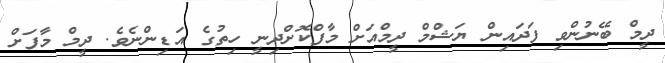
ދީމް ބޭނުންވި ފަދައިން ޔަޝްމް ދީމްއަށް މާފްކޮށްދިނީ ހިތުގެ އަޑިންނެވެ. ދީމް މާފަށް